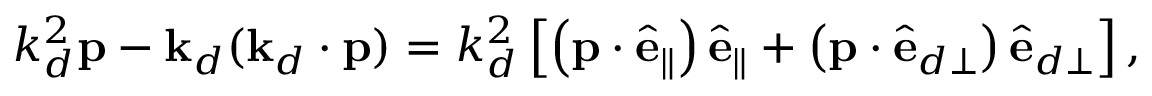
k _ { d } ^ { 2 } \mathbf { p } - \mathbf { k } _ { d } ( \mathbf { k } _ { d } \cdot \mathbf { p } ) = k _ { d } ^ { 2 } \left[ \left( \mathbf { p } \cdot \hat { \mathbf { e } } _ { \parallel } \right) \hat { \mathbf { e } } _ { \parallel } + \left( \mathbf { p } \cdot \hat { \mathbf { e } } _ { d \perp } \right) \hat { \mathbf { e } } _ { d \perp } \right] ,